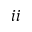
i i